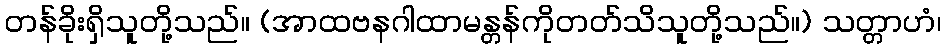
တန်ခိုးရှိသူတို့သည်။ (အာထဗနဂါထာမန္တန်ကိုတတ်သိသူတို့သည်။) သတ္တာဟံ၊